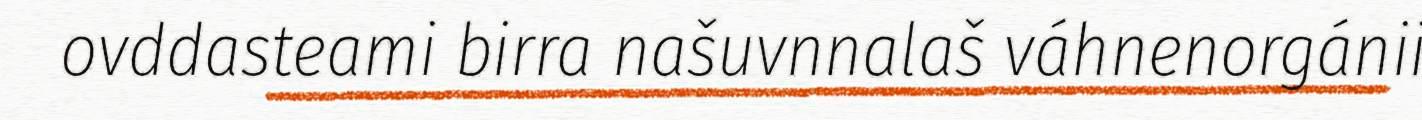
ovddasteami birra našuvnnalaš váhnenorgánii